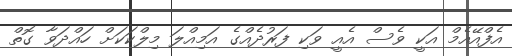
އެފްއޭއެމް އަކީ ވެސް އެއީ ވަކި ފަރުދެއްގެ އަމިއްލަ މިލްކަކަށް ހައްދަވާ ގޮތް